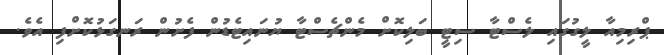
ޕްރިމިއާ ލީގުގައި ލެސްޓާ ސިޓީ ބަލިކޮށް މެންޗެސްޓާ ޔުނައިޓެޑުން ފެށުން ރަނގަޅުކޮށްފި އެވެ.